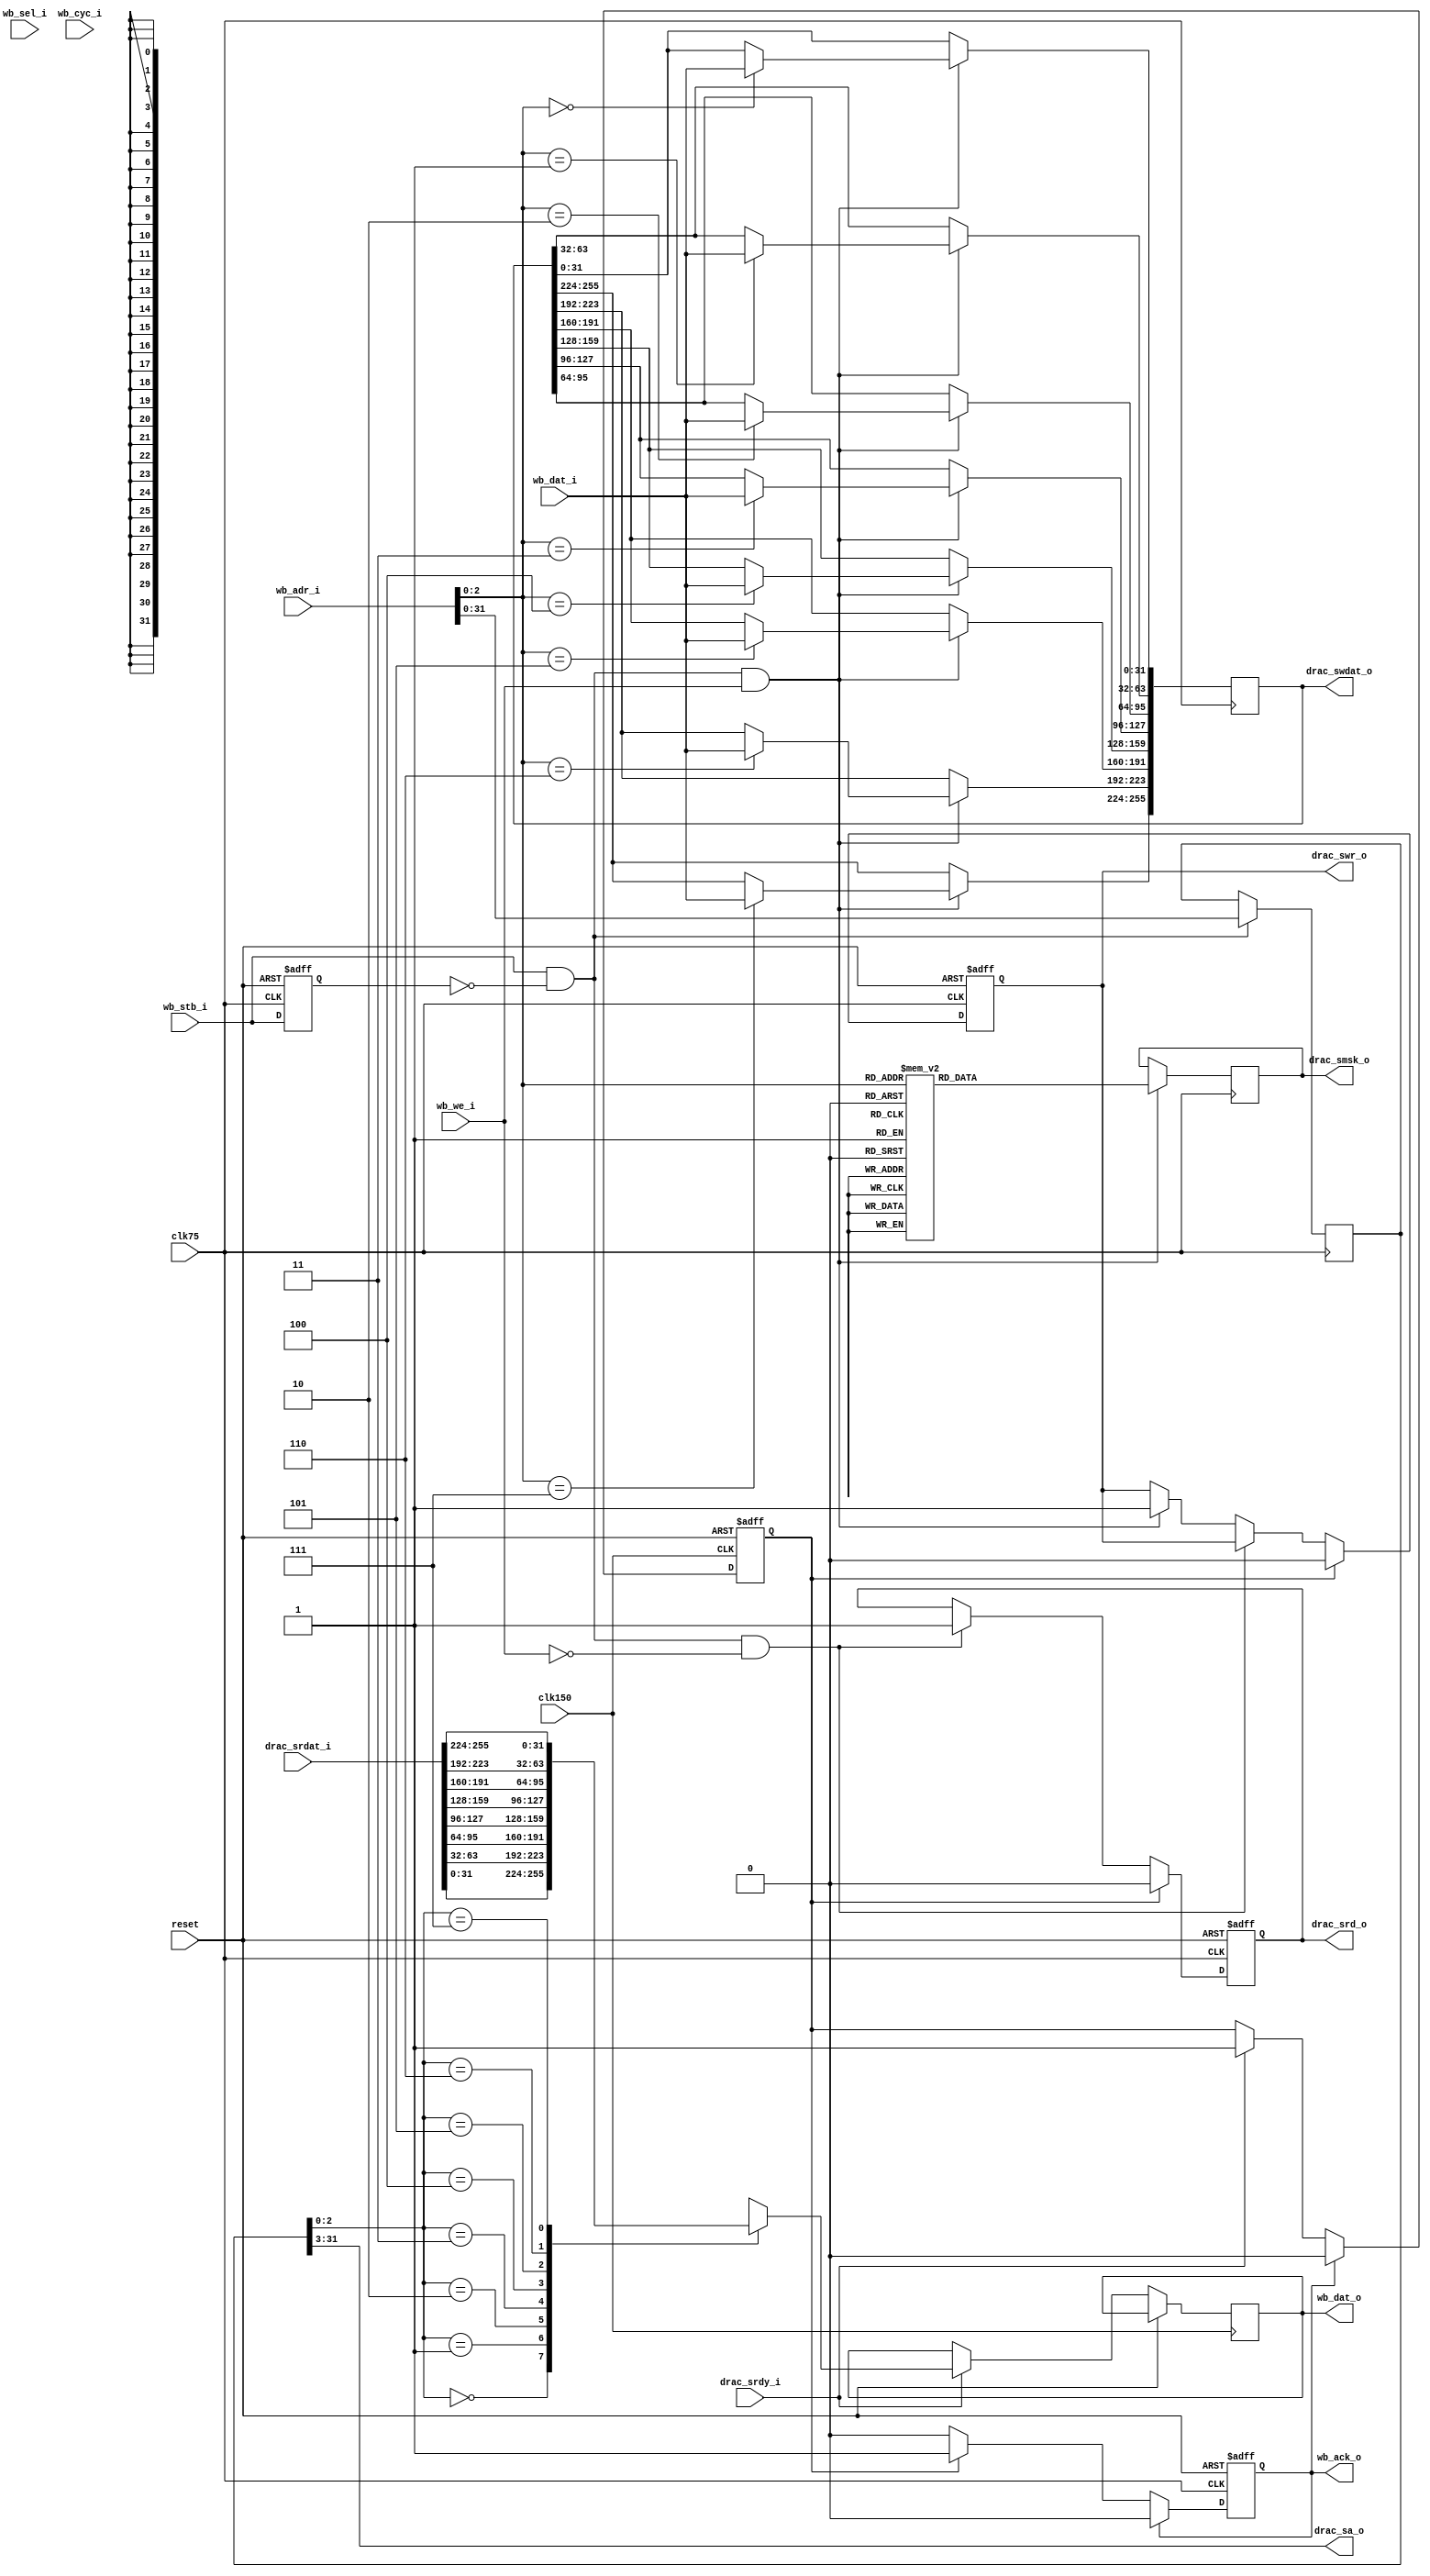
module drac_wb_adapter (
    // DRAC interface
    output              drac_srd_o,
    output              drac_swr_o,
    output      [33:5]  drac_sa_o,
    output      [255:0] drac_swdat_o,
    output      [31:0]  drac_smsk_o,
    input       [255:0] drac_srdat_i,
    input               drac_srdy_i,
    input               clk150,

    // Wishbone slave
    input       [35:0]  wb_adr_i,
    input               wb_we_i,
    input       [3:0]   wb_sel_i,
    input               wb_stb_i,
    input               wb_cyc_i,
    input       [31:0]  wb_dat_i,
    output      [31:0]  wb_dat_o,
    output              wb_ack_o,
    input               clk75,

    input               reset
);

reg     [31:0]  rdat;
reg     [255:0] wdat;
reg     [31:0]  msk;
reg     [33:2]  addr;
reg             rdy1 = 1'b0;
reg             rdy2 = 1'b0;
reg             read = 1'b0;
reg             write = 1'b0;
reg             wb_stb_delay = 1'b0;

always @(posedge clk75) begin
    if (wb_stb_i && !wb_stb_delay && wb_we_i) begin
        case (wb_adr_i[2:0])
            3'b000: wdat[31:0] <= wb_dat_i;
            3'b001: wdat[63:32] <= wb_dat_i;
            3'b010: wdat[95:64] <= wb_dat_i;
            3'b011: wdat[127:96] <= wb_dat_i;
            3'b100: wdat[159:128] <= wb_dat_i;
            3'b101: wdat[191:160] <= wb_dat_i;
            3'b110: wdat[223:192] <= wb_dat_i;
            3'b111: wdat[255:224] <= wb_dat_i;
        endcase

        case (wb_adr_i[2:0])
            3'b000: msk <= 32'hFFFFFFF0;
            3'b001: msk <= 32'hFFFFFF0F;
            3'b010: msk <= 32'hFFFFF0FF;
            3'b011: msk <= 32'hFFFF0FFF;
            3'b100: msk <= 32'hFFF0FFFF;
            3'b101: msk <= 32'hFF0FFFFF;
            3'b110: msk <= 32'hF0FFFFFF;
            3'b111: msk <= 32'h0FFFFFFF;
        endcase
    end

    if (wb_stb_i && !wb_stb_delay) begin
        addr[33:2] <= wb_adr_i[31:0];
    end
end

always @(posedge clk75 or posedge reset) begin
    if (reset) begin
        read <= 1'b0;
        write <= 1'b0;
        rdy2 <= 1'b0;
        wb_stb_delay <= 1'b0;
    end else begin
        wb_stb_delay <= wb_stb_i;

        if (wb_stb_i && !wb_stb_delay && !wb_we_i) begin
            read <= 1'b1;
        end else if (wb_stb_i && !wb_stb_delay && wb_we_i) begin
            write <= 1'b1;
        end

        if (rdy1) begin
            read <= 1'b0;
            write <= 1'b0;
            rdy2 <= 1'b1;
        end

        if (rdy2) begin
            rdy2 <= 1'b0;
        end
    end
end

always @(posedge clk150 or posedge reset) begin
    if (reset) begin
        rdy1 <= 1'b0;
    end else begin
        if (drac_srdy_i) begin
            rdy1 <= 1'b1;
        end
        if (rdy2) begin
            rdy1 <= 1'b0;
        end
        if (drac_srdy_i) case (addr[4:2])
            3'b000: rdat <= drac_srdat_i[31:0];
            3'b001: rdat <= drac_srdat_i[63:32];
            3'b010: rdat <= drac_srdat_i[95:64];
            3'b011: rdat <= drac_srdat_i[127:96];
            3'b100: rdat <= drac_srdat_i[159:128];
            3'b101: rdat <= drac_srdat_i[191:160];
            3'b110: rdat <= drac_srdat_i[223:192];
            3'b111: rdat <= drac_srdat_i[255:224];
        endcase
    end
end

assign wb_dat_o = rdat;
assign wb_ack_o = rdy2;
assign drac_srd_o = read;
assign drac_swr_o = write;
assign drac_swdat_o = wdat;
assign drac_smsk_o = msk;
assign drac_sa_o = addr[33:5];

endmodule